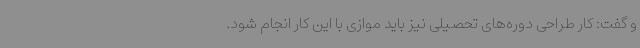
و گفت: کار طراحی دوره‌های تحصیلی نیز باید موازی با این کار انجام شود.